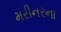
મરીનરના